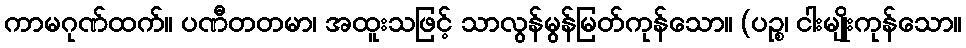
ကာမဂုဏ်ထက်။ ပဏီတတမာ၊ အထူးသဖြင့် သာလွန်မွန်မြတ်ကုန်သော။ (ပဉ္စ၊ ငါးမျိုးကုန်သော။